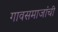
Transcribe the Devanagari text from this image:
गावसमाजांची